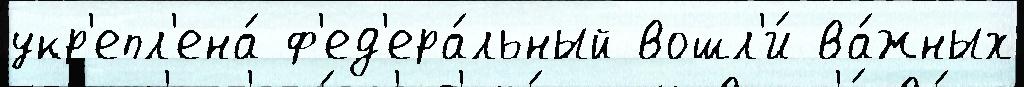
укр'епл'ена́ ф'ед'ера́льный вошл'и́ ва́жных